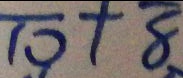
\overline { 1 0 } + \overline { 8 }